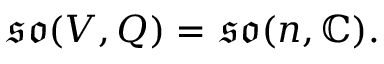
{ \mathfrak { s o } } ( V , Q ) = { \mathfrak { s o } } ( n , \mathbb { C } ) .